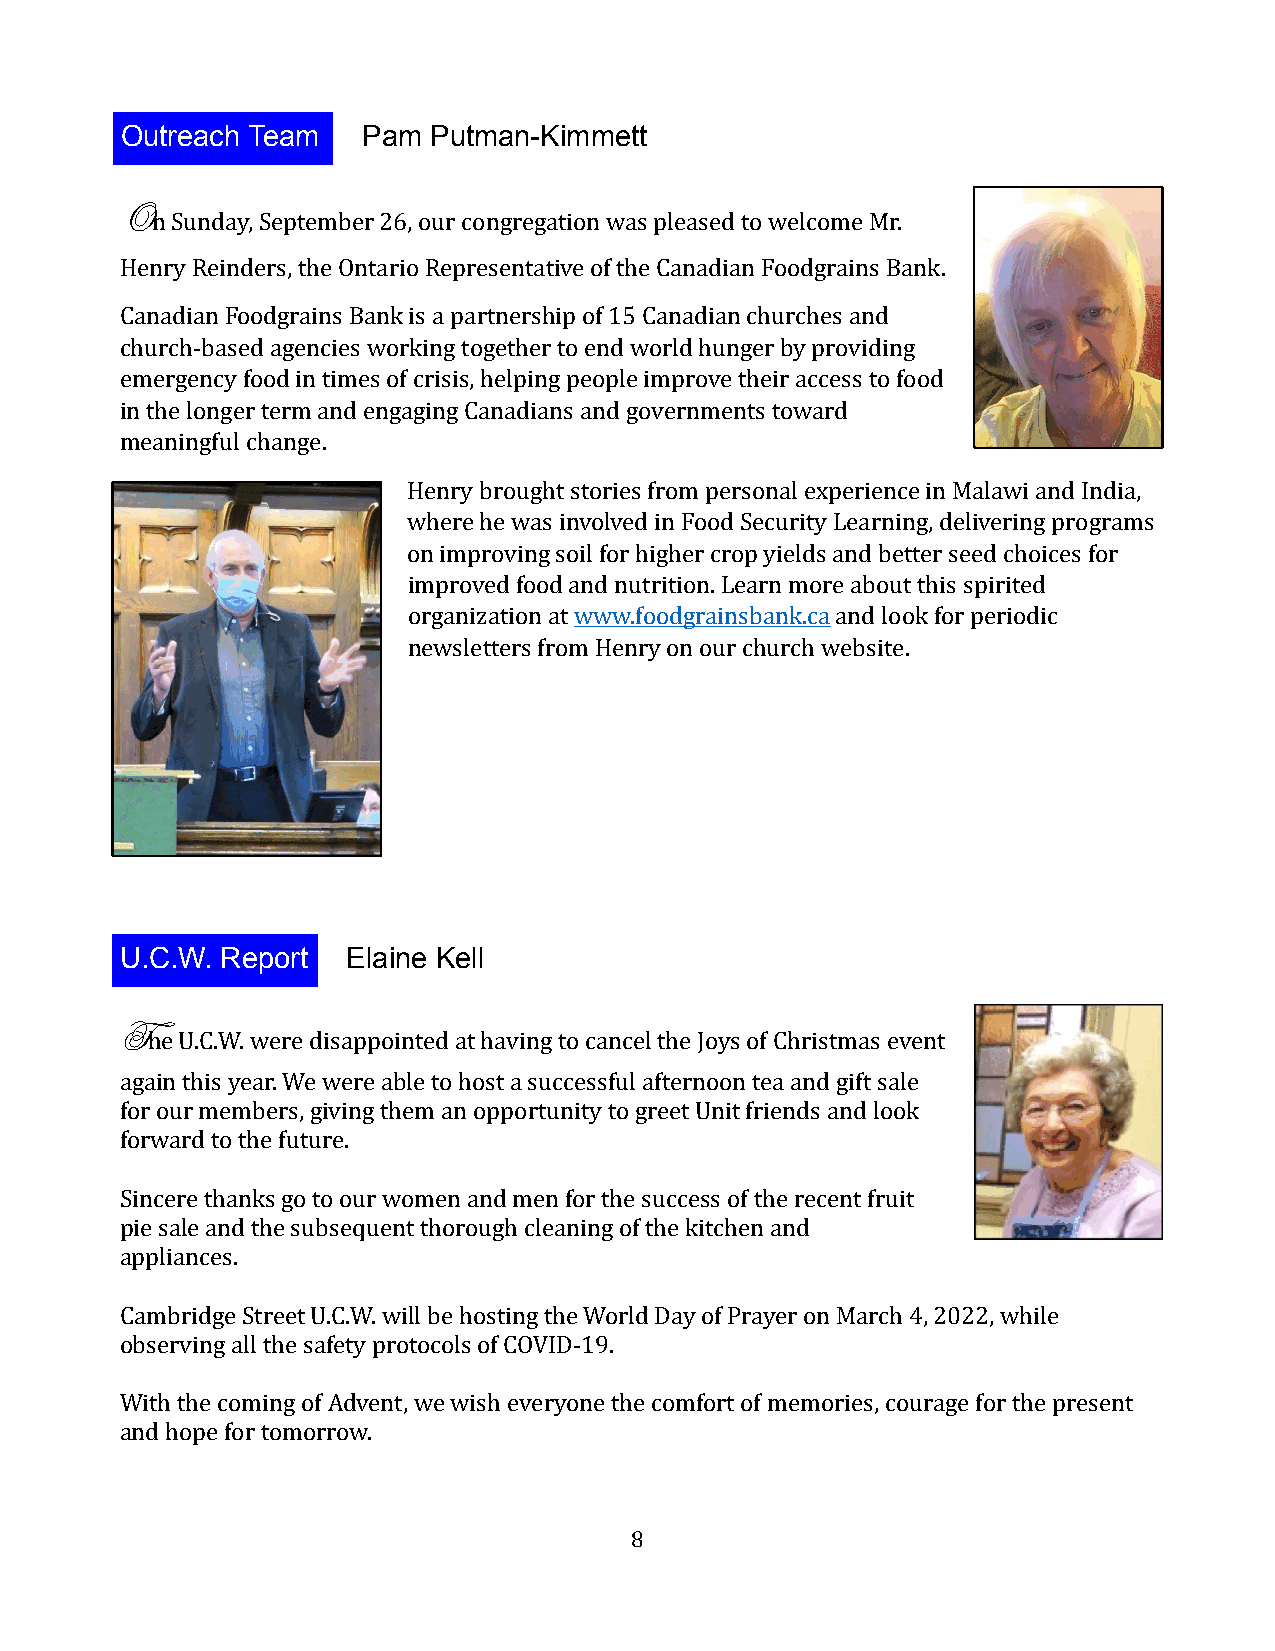
Outreach Team   Pam Putman-Kimmett
 On Sunday, September 26, our congregation was pleased to welcome Mr.
 Henry Reinders, the Ontario Representative of the Canadian Foodgrains Bank.
 Canadian Foodgrains Bank is a partnership of 15 Canadian churches and
 church-based agencies working together to end world hunger by providing
 emergency food in times of crisis, helping people improve their access to food
 in the longer term and engaging Canadians and governments toward
 meaningful change.
 Henry brought stories from personal experience in Malawi and India,
 where he was involved in Food Security Learning, delivering programs
 on improving soil for higher crop yields and better seed choices for
 improved food and nutrition. Learn more about this spirited
 organization at www.foodgrainsbank.ca and look for periodic
 newsletters from Henry on our church website.
 U.C.W. Report  Elaine Kell
 The U.C.W. were disappointed at having to cancel the Joys of Christmas event
 again this year. We were able to host a successful afternoon tea and gift sale
 for our members, giving them an opportunity to greet Unit friends and look
 forward to the future.
 Sincere thanks go to our women and men for the success of the recent fruit
 pie sale and the subsequent thorough cleaning of the kitchen and
 appliances.
 Cambridge Street U.C.W. will be hosting the World Day of Prayer on March 4, 2022, while
 observing all the safety protocols of COVID-19.
 With the coming of Advent, we wish everyone the comfort of memories, courage for the present
 and hope for tomorrow.
 8